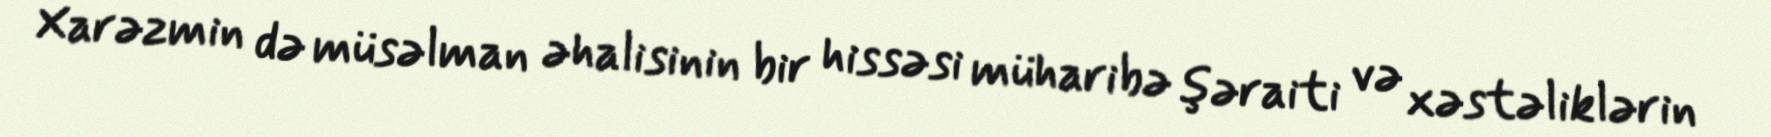
Xarəzmin də müsəlman əhalisinin bir hissəsi müharibə şəraiti və xəstəliklərin